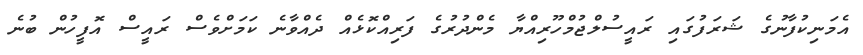
އެމަނިކުފާނުގެ ޝަރަފުގައި ރައީސުލްޖުމްހޫރިއްޔާ މެންދުރުގެ ފަރިއްކޮޅެއް ދެއްވާނެ ކަމަށްވެސް ރައީސް އޮފީހުން ބުނެ